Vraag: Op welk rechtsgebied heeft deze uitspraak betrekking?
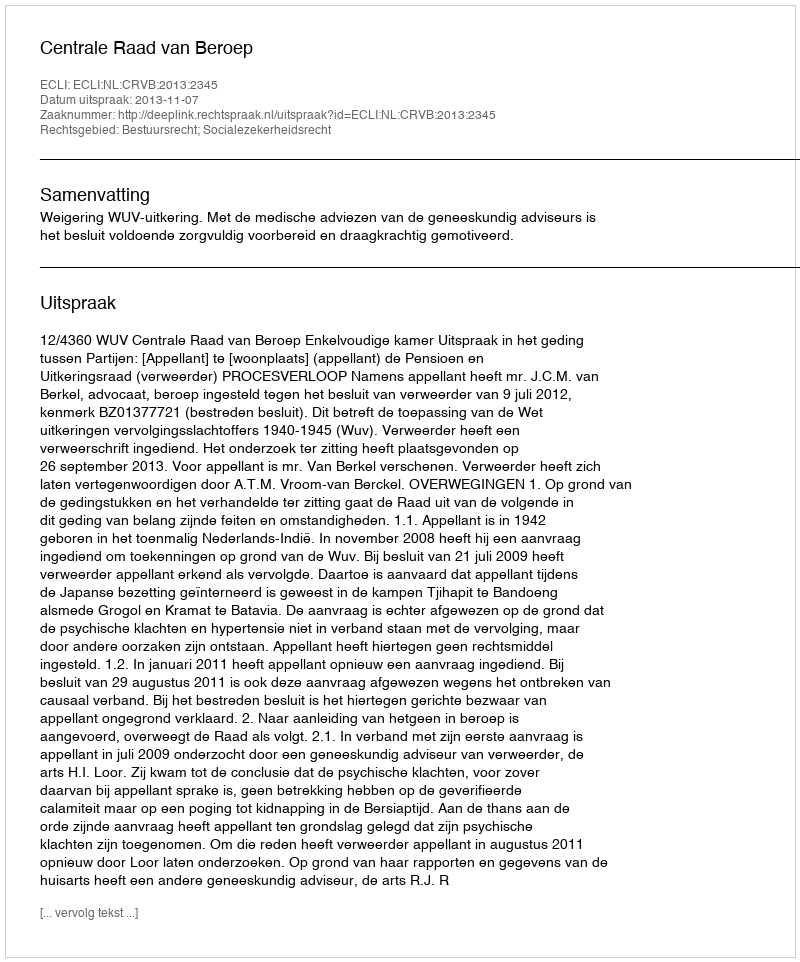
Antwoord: Bestuursrecht; Socialezekerheidsrecht